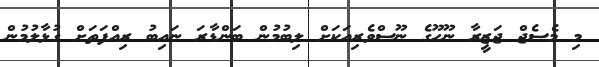
މި މެސެޖް ޖަޒީރާ ނޫހޫގެ ނޫސްވެރިއަކަށް ލިބުމުން ބަންޑާރަ ނައިބު ރިއްފަތަށް ގުޅާލުމުން